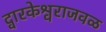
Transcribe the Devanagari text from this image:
द्वारकेश्वराजवळ